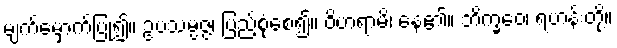
မျက်မှောက်ပြု၍။ ဥပသမ္ပဇ္ဇ၊ ပြည့်စုံစေ၍။ ဝိဟရာမိ၊ နေ၏။ ဘိက္ခဝေ၊ ရဟန်းတို့။